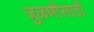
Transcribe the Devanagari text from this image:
जुळणीसाठी